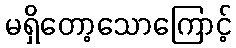
မရှိတော့သောကြောင့်